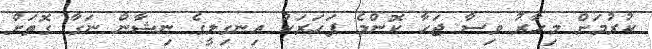
ކުރުމަށް މިހާރު ވިސާ ޖަހާ ކޮންމެ ފަހަރަކު އިނގިލީގެ ނިޝާން ނަގާ ގޮތަށް